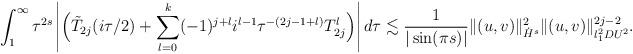
LaTeX: \begin{align*} \int_1^\infty \tau^{2s}\left| \real \Big(\tilde T_{2j}(i\tau/2) + \sum_{l = 0}^k (-1)^{j+l} i^{l-1} \tau^{-(2j-1+l)} T_{2j}^l\Big) \right| d\tau \lesssim \frac{1}{|\sin (\pi s)|} \| (u,v) \|_{\dot H^s}^2\|(u,v)\|_{l^2_1 DU^2}^{2j-2}.\end{align*}